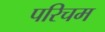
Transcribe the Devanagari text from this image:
परिचम